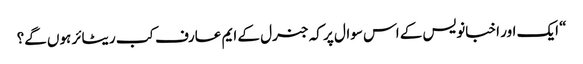
“ ایک اور اخبانویس کے اس سوال پر کہ جنرل کے ایم عارف کب ریٹائر ہوں گے؟